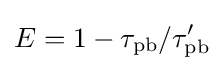
E=1-\tau _{\text{pb}}/\tau _{\text{pb}}'